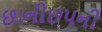
છાનીછપની